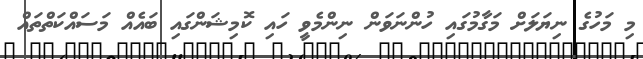
މި މަހުގެ ނިޔަލަށް މަގާމުގައި ހުންނަވަން ނިންމެވީ ހައި ކޮމިޝަންގައި ބައެއް މަސައްކަތްތައް